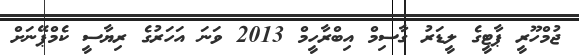
ޖުމްހޫރީ ޕާޓީގެ ލީޑަރު ގާސިމް އިބްރާހީމް 2013 ވަނަ އަހަރުގެ ރިޔާސީ ކެމްޕޭނަށް